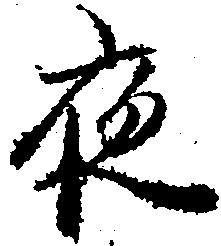
夜